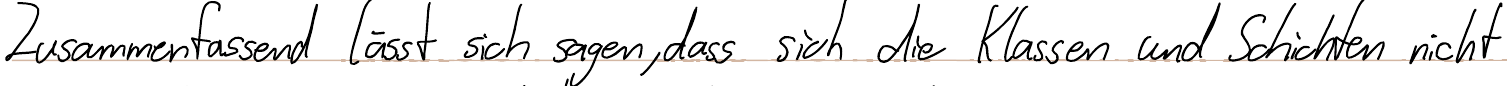
Zusammenfassend lässt sich sagen, dass sich die Klassen und Schichten nicht